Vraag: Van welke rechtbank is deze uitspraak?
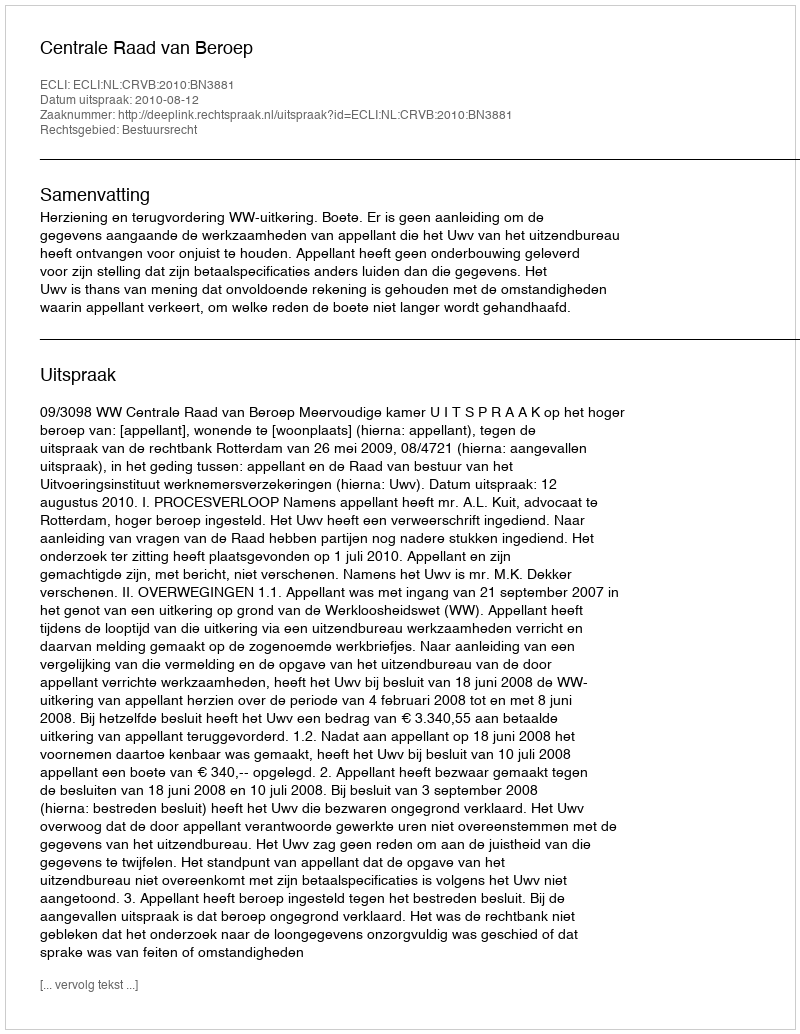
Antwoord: Centrale Raad van Beroep